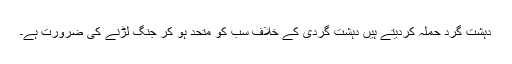
دہشت گرد حملہ کردیتے ہیں دہشت گردی کے خلاف سب کو متحد ہو کر جنگ لڑنے کی ضرورت ہے۔